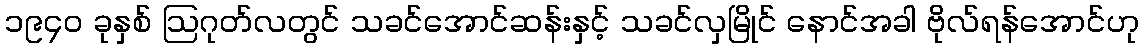
၁၉၄၀ ခုနှစ် ဩဂုတ်လတွင် သခင်အောင်ဆန်းနှင့် သခင်လှမြိုင် နောင်အခါ ဗိုလ်ရန်အောင်ဟု